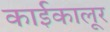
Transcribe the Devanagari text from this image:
काईकालूर